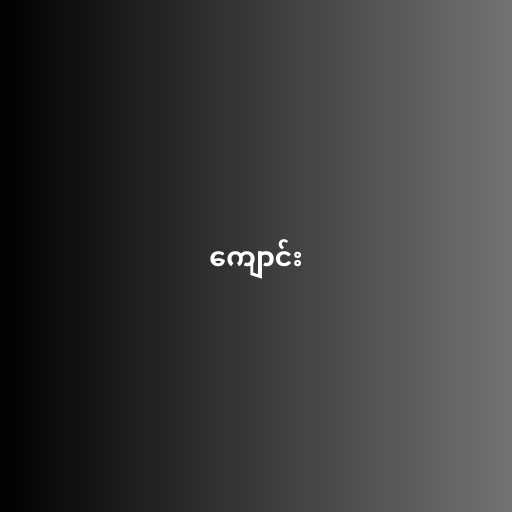
ကျောင်း